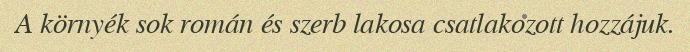
A környék sok román és szerb lakosa csatlakozott hozzájuk.